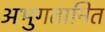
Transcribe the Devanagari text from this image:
अभुगतानित